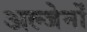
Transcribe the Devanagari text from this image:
अल्जेर्नों